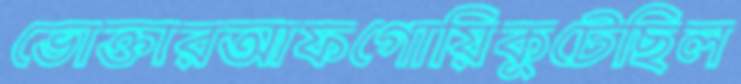
ভোক্তারআফগোয়িকুটেছিল